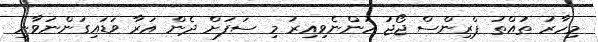
މިހާރު ތުއްތު ޕްރިންސް ޖޯޖު ހުންނެވިއިރު މި ސަފަށް ދެން އަރާ ވަޑައިގަންނަވާނީ